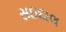
સઇદાલ